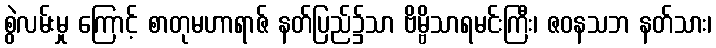
စွဲလမ်းမှု ကြောင့် စာတုမဟာရာဇ် နတ်ပြည်၌သာ ဗိမ္ဗိသာရမင်းကြီး၊ ဇဝနသဘ နတ်သား၊